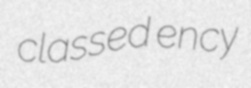
classed ency